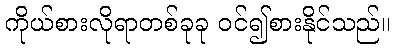
ကိုယ်စားလိုရာတစ်ခုခု ဝင်၍စားနိုင်သည်။